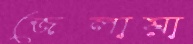
জেলায়া